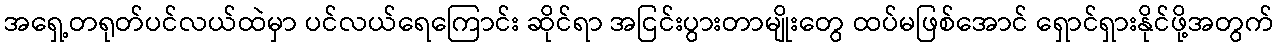
အရှေ့တရုတ်ပင်လယ်ထဲမှာ ပင်လယ်ရေကြောင်း ဆိုင်ရာ အငြင်းပွားတာမျိုးတွေ ထပ်မဖြစ်အောင် ရှောင်ရှားနိုင်ဖို့အတွက်